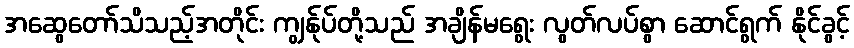
အဆွေတော်သိသည့်အတိုင်း ကျွန်ုပ်တို့သည် အချိန်မရွေး လွတ်လပ်စွာ ဆောင်ရွက် နိုင်ခွင့်